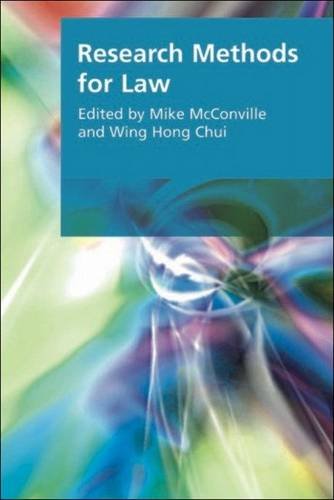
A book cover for Research Methods for Law (Research Methods for the Arts and the Humanities); Law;